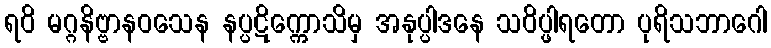
ရဝိ မဂ္ဂနိဗ္ဗာနဝသေန နပ္ပဋိက္ကောသိမှ အနုပ္ပါဒနေ သဝိပ္ဖါရတော ပုရိသဘာဂေါ